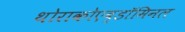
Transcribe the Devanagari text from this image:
थोराकोएब्डॉमिनल